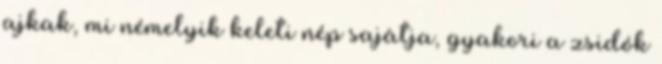
ajkak, mi némelyik keleti nép sajátja, gyakori a zsidók